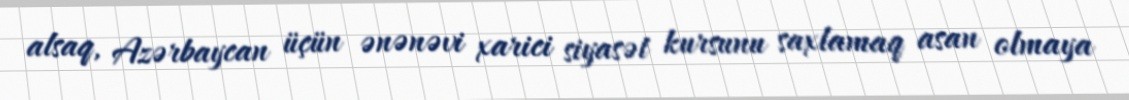
alsaq, Azərbaycan üçün ənənəvi xarici siyasət kursunu saxlamaq asan olmaya